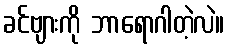
ခင်ဗျားကို ဘာရောဂါတဲ့လဲ။